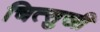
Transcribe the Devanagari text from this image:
चित्सुखी